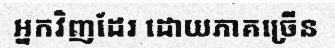
អ្នកវិញដែរ ដោយភាគច្រើន